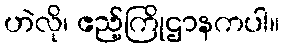
ဟဲလို၊ ဧည့်ကြိုဌာနကပါ။